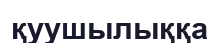
қуушылыққа